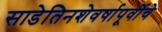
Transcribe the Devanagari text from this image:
साडेतिनशेवर्षापूर्वीचे